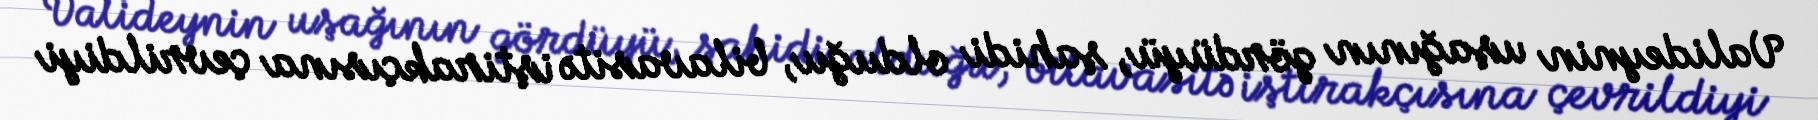
Valideynin uşağının gördüyü, şahidi olduğu, bilavasitə iştirakçısına çevrildiyi